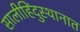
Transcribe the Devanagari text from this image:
सालीहिंदुस्थानात